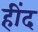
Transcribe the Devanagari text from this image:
हींद